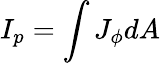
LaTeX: I_{p}=\int J_{\phi}dA